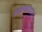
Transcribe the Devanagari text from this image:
मवाळवाद